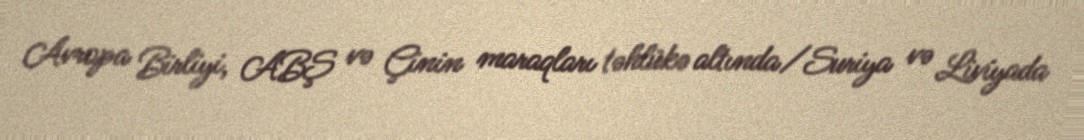
Avropa Birliyi, ABŞ və Çinin maraqları təhlükə altında/Suriya və Liviyada